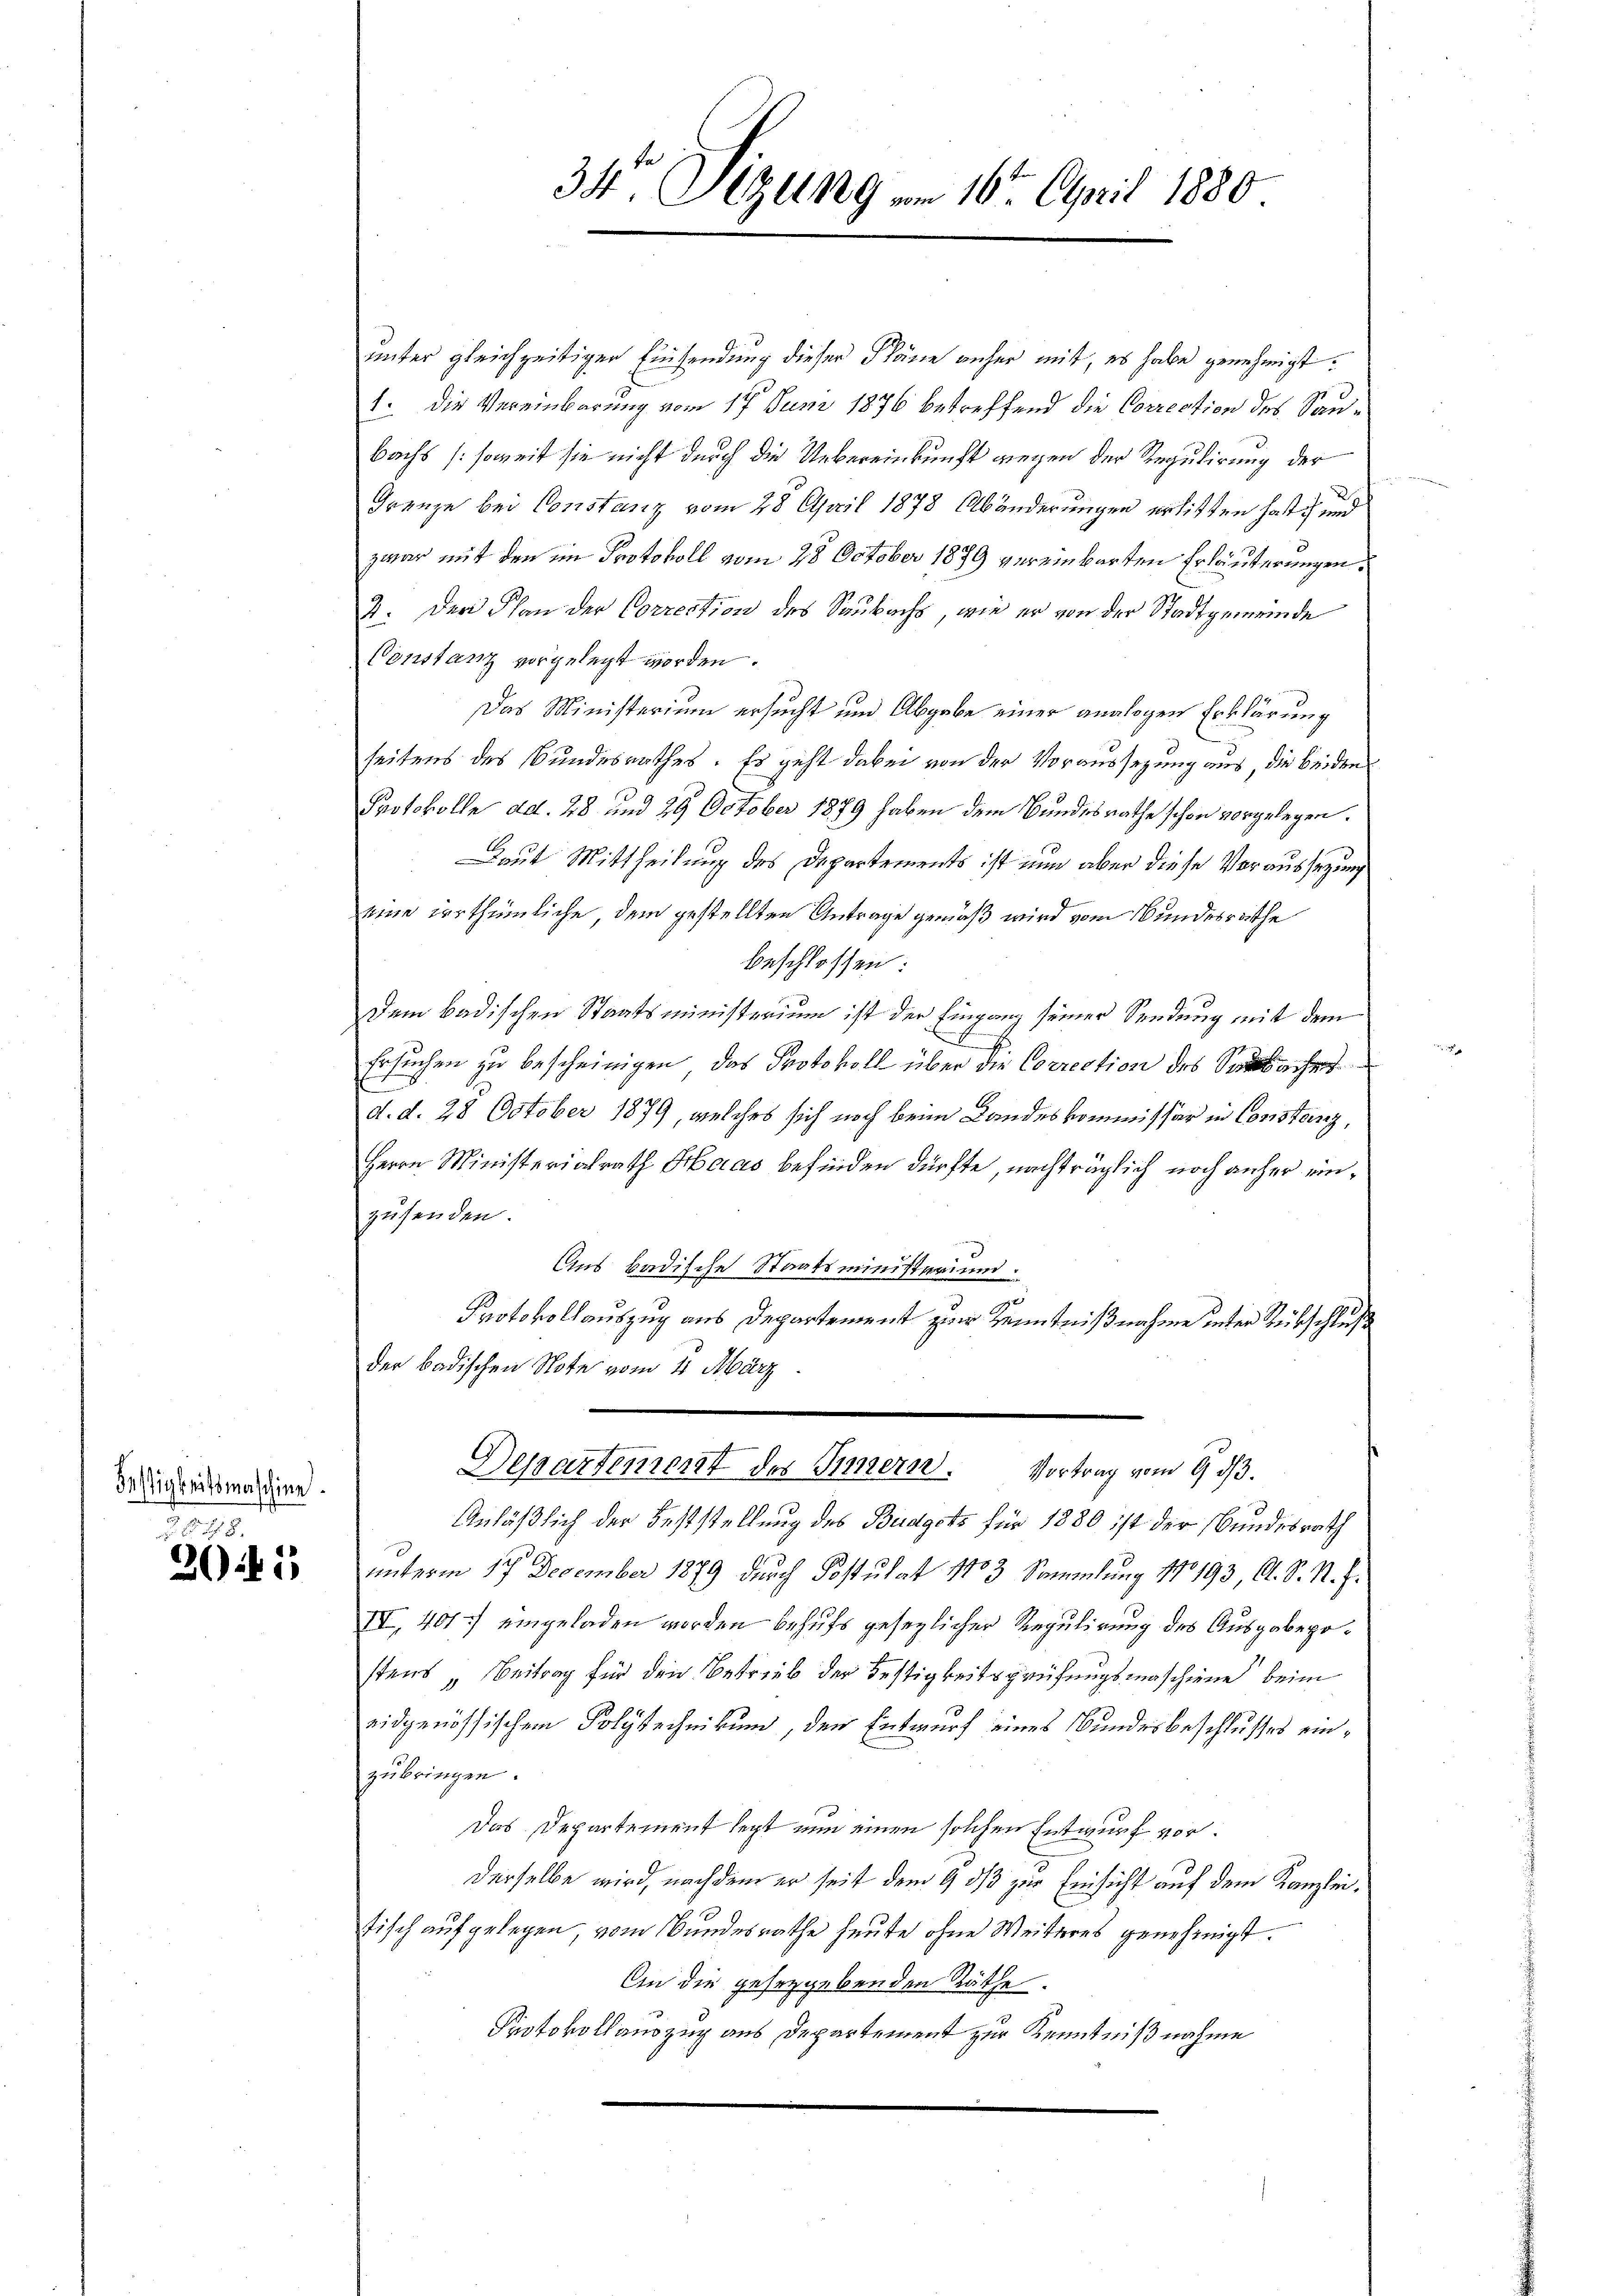
Fästigkeitsmaschine.

1890.
2015

34. Sitzung am 16. April 1880

unter gleichzeitigen Einsendung dieser Pläne anher mit, es habe genehmigt.
1. Die Vereinbarung vom 17 Juni 1876 betreffend die Correction des Saubachs (soweit sie nicht durch die Uebereinkunft wegen der Regulirung der
Grenze bei Constanz vom 28. April 1878 Abänderungen erlitten hat und
zwar mit den im Protokoll vom 28. October 1879 vereinbarten Erläuterungen
4. Der Plan der Correction des Saubachs, wie er von der Stadtgemeinde
Constanz vorgelegt worden.
Das Ministerium ersucht und Abgabe einer analogen Erklärung
seitens des Bundesrathes. Es geht dabei von der Voraussezung aus, die beiden
Protokolle ad. 28 und 29 October 1879 haben dem Bundesrathe schon vorgelegen.
Laut Mittheilung des Departements ist nun aber diese Voraussetzung
eine irrthümliche dem gestellten Antrage gemäß wird vom Bundesrathe
beschlossen:
Dem badischen Staatsministerium ist der Eingang seiner Sendung mit dem
f
Ersuchen zu bescheinigen, das Protokoll über die Correction des Sache
d. d. 28 October 1879, welches sich noch beim Landeskommissär in Constanz,
Herrn Ministerialrath Haas befinden dürfte, nachträglich noch anher einzusenden.
Ans badische Staatsministraium.
Protokollauszug aus Departement zur Kenntnißnahme unter Rückschluß
der badischen Note vom 4. März
Departement des Innern. Vortrag vom 9. d.
Anläßlich der Feststellung des Budgets für 1880 ist der Bundesrath
unterm 17 December 1879 durch Postulat 1883 Sammlung No 193, A. S. R. Z.
IV, 401) eingeladen worden behufs gesezlicher Regulirung des Ausgabepostens Beitrag für den Betrieb der Festigkeitsprüfungsmaschiene beim
eidgenössischen Polytechnikum, den Entwurf eines Bundesbeschlusses einzubringen.
Das Departement legt nun einen solchen Entwurf vorderselbe wird, nachdem er seit dem 9 3/3 zur Einsicht auf dem Kanzleitisch aufgelegen, vom Bundesrathe heute ohne Weiteres genehmigt.
An die gesetzgebenden Räthe.
Protokollauszug aus Departement zur Kenntnißnahme